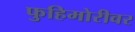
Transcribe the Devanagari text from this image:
फुहिमोरीवर